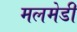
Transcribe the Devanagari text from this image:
मलमेडी